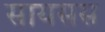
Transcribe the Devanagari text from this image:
सायसस